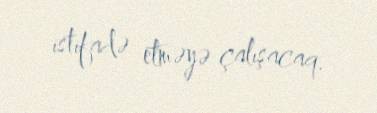
istifadə etməyə çalışacaq.